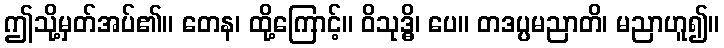
ဤသို့မှတ်အပ်၏။ တေန၊ ထို့ကြောင့်။ ဝိသုဒ္ဓိ၊ ပေ။ တဒပ္ပမညာတိ၊ မညာဟူ၍။